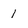
Character: 1